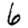
Digit: 6